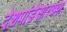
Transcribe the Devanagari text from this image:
देशपांडेसारख्या